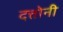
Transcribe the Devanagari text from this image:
दत्तोनी